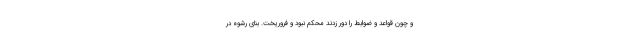
و چون قواعد و ضوابط را دور زدند محکم نبود و فروریخت. بنای رشوه در